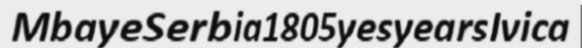
MbayeSerbia1805yesyearsIvica